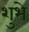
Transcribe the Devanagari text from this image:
शुभे